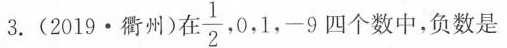
3.(2019·衢州)在 \frac{1}{2},0,1,-9 四个数中，负数是